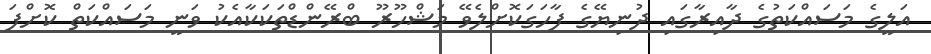
އަލީގެ މަސައްކަތުގެ ދާއިރާގައި ދުނިޔޭގެ ފާހަގަކޮށްލެވޭ މަޝްހޫރޫ ބްރޭންޑްތަކަކާއެކު ވަނީ މަސައްކަތް ކޮށްފަ